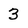
Character: 3